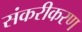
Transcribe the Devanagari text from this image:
संकरीकरण